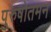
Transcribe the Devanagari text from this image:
पुरुषोतमन